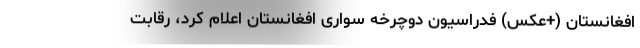
افغانستان (+عکس) فدراسیون دوچرخه سواری افغانستان اعلام کرد، رقابت